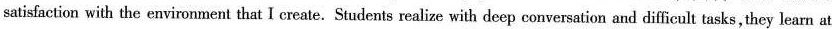
satisfaction with the environment that I create.Students realize with deep conversation and difficult tasks,they learn at